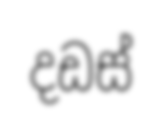
දඩස්